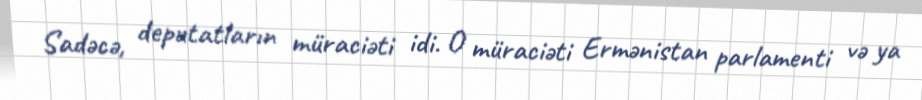
Sadəcə, deputatların müraciəti idi. O müraciəti Ermənistan parlamenti və ya